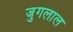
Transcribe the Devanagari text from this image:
जुगलाल